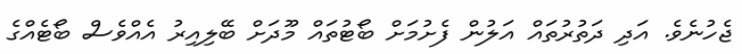
ޖެހުނެވެ. އަދި ދަތުރުތައް އަލުން ފެށުމަށް ބޯޓުތައް މޫދަށް ބޭލިއިރު އެއްވެސް ބޯޓެއްގެ